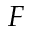
F